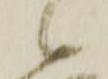
候